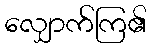
လျှောက်ကြ၏